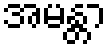
အမန္တာ